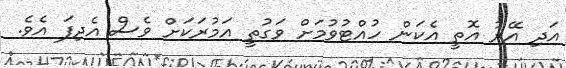
އަދި އޭރު އޮތީ އެކަން ހުއްޓުވުމަށް ވަގުތީ އަމުރަކަށް ވެސް އެދިފަ އެވެ.